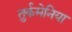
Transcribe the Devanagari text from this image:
तुर्कमेनिया